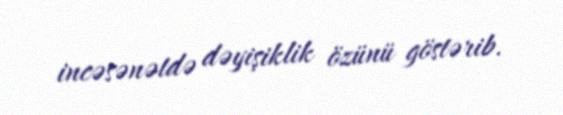
incəsənətdə dəyişiklik özünü göstərib.